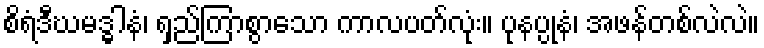
စိရံဒီဃမဒ္ဓါနံ၊ ရှည်ကြာစွာသော ကာလပတ်လုံး။ ပုနပ္ပုနံ၊ အဖန်တစ်လဲလဲ။